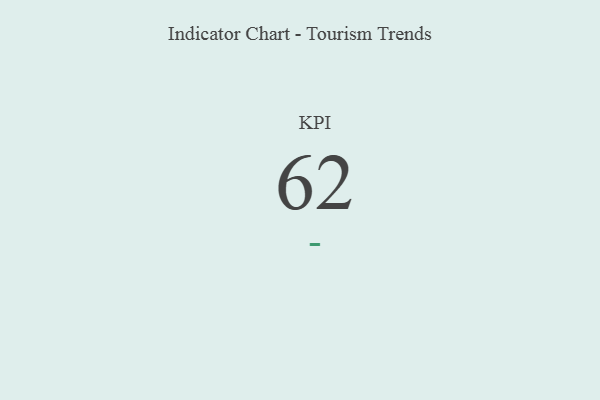
{"axis": {"x": "KPI", "y": "Value"}, "legend": [""], "data": [{"x": "KPI", "y": 62, "type": ""}]}